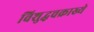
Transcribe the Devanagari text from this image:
विशुद्धचक्राख्ये